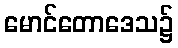
မောင်တောဒေသ၌